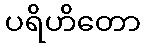
ပရိဟိတော